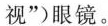
视”)眼镜。